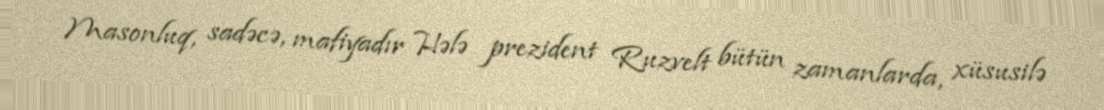
Masonluq, sadəcə, mafiyadır Hələ prezident Ruzvelt bütün zamanlarda, xüsusilə